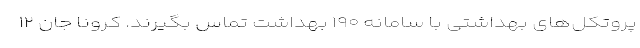
پروتکل‌های بهداشتی با سامانه ۱۹۰ بهداشت تماس بگیرند. کرونا جان ۱۲